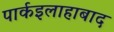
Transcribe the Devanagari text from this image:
पार्कइलाहाबाद